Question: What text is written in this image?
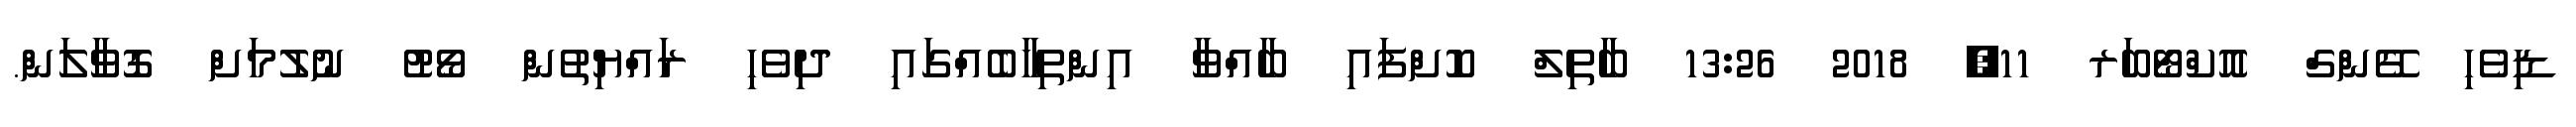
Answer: ޑިވެހި ގޭންގް އޮކްޓޯބަރ 11, 2018 13:26 ބާތިލް ކޮށްފައި ބާއްވާ އިންތިހާބެއްގައި ދިވެހި ރައްޔިތުން ވޯޓު ނުލުމަށް ގޮވާލަން.